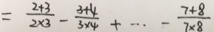
= \frac { 2 + 3 } { 2 \times 3 } - \frac { 3 + 4 } { 3 \times 4 } + \cdots - \frac { 7 + 8 } { 7 \times 8 }